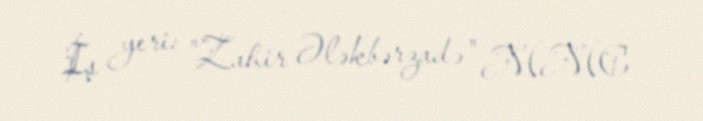
İş yeri: "Zahir Ələkbərzadə" MMC